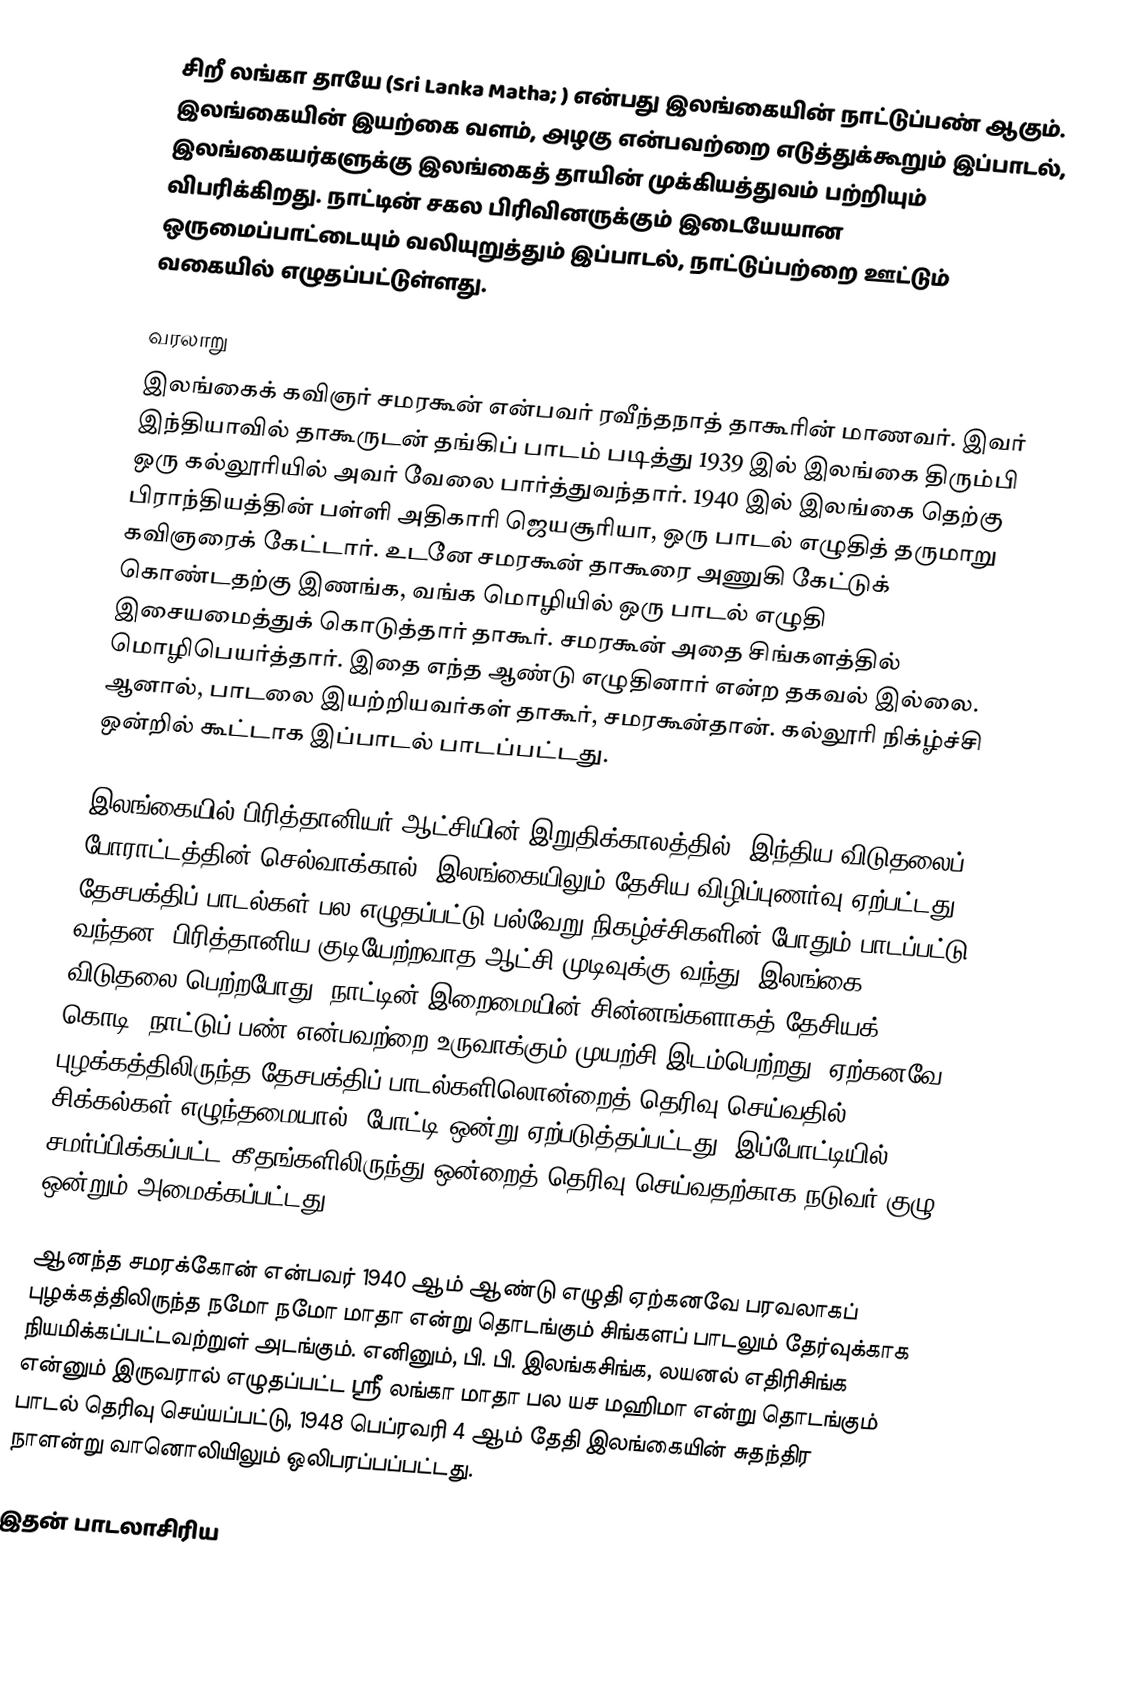
சிறீ லங்கா தாயே (Sri Lanka Matha; ) என்பது இலங்கையின் நாட்டுப்பண் ஆகும். இலங்கையின் இயற்கை வளம், அழகு என்பவற்றை எடுத்துக்கூறும் இப்பாடல், இலங்கையர்களுக்கு இலங்கைத் தாயின் முக்கியத்துவம் பற்றியும் விபரிக்கிறது. நாட்டின் சகல பிரிவினருக்கும் இடையேயான ஒருமைப்பாட்டையும் வலியுறுத்தும் இப்பாடல், நாட்டுப்பற்றை ஊட்டும் வகையில் எழுதப்பட்டுள்ளது.

வரலாறு
இலங்கைக் கவிஞர் சமரகூன் என்பவர் ரவீந்தநாத் தாகூரின் மாணவர். இவர் இந்தியாவில் தாகூருடன் தங்கிப் பாடம் படித்து 1939 இல் இலங்கை திரும்பி ஒரு கல்லூரியில் அவர் வேலை பார்த்துவந்தார். 1940 இல் இலங்கை தெற்கு பிராந்தியத்தின் பள்ளி அதிகாரி ஜெயசூரியா, ஒரு பாடல் எழுதித் தருமாறு கவிஞரைக் கேட்டார். உடனே சமரகூன் தாகூரை அணுகி கேட்டுக் கொண்டதற்கு இணங்க, வங்க மொழியில் ஒரு பாடல் எழுதி இசையமைத்துக் கொடுத்தார் தாகூர். சமரகூன் அதை சிங்களத்தில் மொழிபெயர்த்தார். இதை எந்த ஆண்டு எழுதினார் என்ற தகவல் இல்லை. ஆனால், பாடலை இயற்றியவர்கள் தாகூர், சமரகூன்தான். கல்லூரி நிக்ழ்ச்சி ஒன்றில் கூட்டாக இப்பாடல் பாடப்பட்டது.

இலங்கையில் பிரித்தானியர் ஆட்சியின் இறுதிக்காலத்தில், இந்திய விடுதலைப் போராட்டத்தின் செல்வாக்கால், இலங்கையிலும் தேசிய விழிப்புணர்வு ஏற்பட்டது. தேசபக்திப் பாடல்கள் பல எழுதப்பட்டு பல்வேறு நிகழ்ச்சிகளின் போதும் பாடப்பட்டு வந்தன. பிரித்தானிய குடியேற்றவாத ஆட்சி முடிவுக்கு வந்து, இலங்கை விடுதலை பெற்றபோது, நாட்டின் இறைமையின் சின்னங்களாகத் தேசியக் கொடி, நாட்டுப் பண் என்பவற்றை உருவாக்கும் முயற்சி இடம்பெற்றது. ஏற்கனவே புழக்கத்திலிருந்த தேசபக்திப் பாடல்களிலொன்றைத் தெரிவு செய்வதில் சிக்கல்கள் எழுந்தமையால், போட்டி ஒன்று ஏற்படுத்தப்பட்டது. இப்போட்டியில் சமர்ப்பிக்கப்பட்ட கீதங்களிலிருந்து ஒன்றைத் தெரிவு செய்வதற்காக நடுவர் குழு ஒன்றும் அமைக்கப்பட்டது.

ஆனந்த சமரக்கோன் என்பவர் 1940 ஆம் ஆண்டு எழுதி ஏற்கனவே பரவலாகப் புழக்கத்திலிருந்த நமோ நமோ மாதா என்று தொடங்கும் சிங்களப் பாடலும் தேர்வுக்காக நியமிக்கப்பட்டவற்றுள் அடங்கும். எனினும், பி. பி. இலங்கசிங்க, லயனல் எதிரிசிங்க என்னும் இருவரால் எழுதப்பட்ட ஸ்ரீ லங்கா மாதா பல யச மஹிமா என்று தொடங்கும் பாடல் தெரிவு செய்யப்பட்டு, 1948 பெப்ரவரி 4 ஆம் தேதி இலங்கையின் சுதந்திர நாளன்று வானொலியிலும் ஒலிபரப்பப்பட்டது.

இதன் பாடலாசிரிய